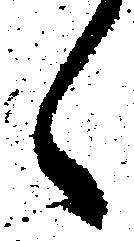
々